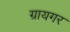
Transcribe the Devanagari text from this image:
ग्रायगर